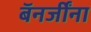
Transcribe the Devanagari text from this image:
बॅनर्जींना